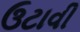
ઉટાવી